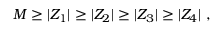
M \geq | Z _ { 1 } | \geq | Z _ { 2 } | \geq | Z _ { 3 } | \geq | Z _ { 4 } | ~ ,